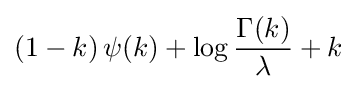
\left(1-k\right)\psi (k)+\log {\frac {\Gamma (k)}{\lambda }}+k